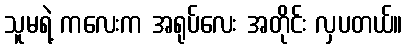
သူမရဲ့ ကလေးက အရုပ်လေး အတိုင်း လှပတယ်။